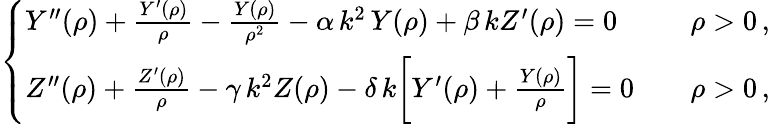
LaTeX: \left\{ \begin{array}{ll}{Y^{\prime\prime}(\rho)+\frac{Y^{\prime}(\rho)}{\rho}-\frac{Y(\rho)}{\rho^{2}}-\alpha\, k^{2}\, Y(\rho)+\beta\, kZ^{\prime}(\rho)=0\quad}&{\rho>0\, ,}\\ {Z^{\prime\prime}(\rho)+\frac{Z^{\prime}(\rho)}{\rho}-\gamma\, k^{2}Z(\rho)-\delta\, k\bigg[Y^{\prime}(\rho)+\frac{Y(\rho)}{\rho}\bigg]=0\quad}&{\rho>0\, ,}\end{array}\right.